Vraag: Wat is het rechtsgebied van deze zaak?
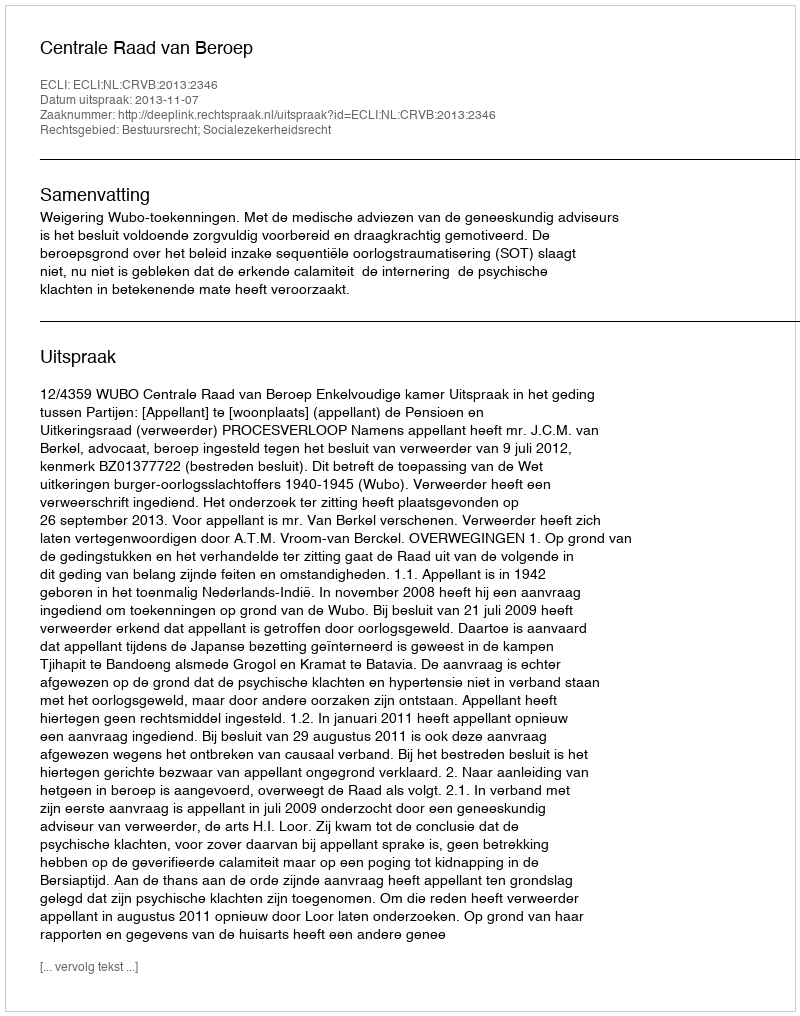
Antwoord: Bestuursrecht; Socialezekerheidsrecht